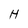
Character: H